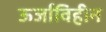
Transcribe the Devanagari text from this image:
ऊर्जाविहीन